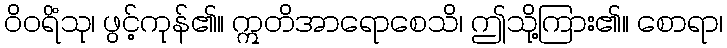
ဝိဝရိံသု၊ ဖွင့်ကုန်၏။ ဣတိအာရောစေသိ၊ ဤသို့ကြား၏။ စောရာ၊